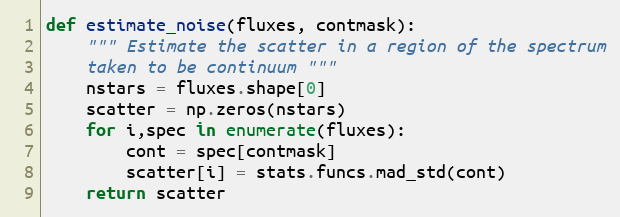
Language: Python
def estimate_noise(fluxes, contmask):
    """ Estimate the scatter in a region of the spectrum
    taken to be continuum """
    nstars = fluxes.shape[0]
    scatter = np.zeros(nstars)
    for i,spec in enumerate(fluxes):
        cont = spec[contmask]
        scatter[i] = stats.funcs.mad_std(cont)
    return scatter